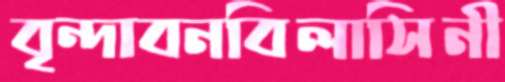
বৃন্দাবনবিলাসিনী